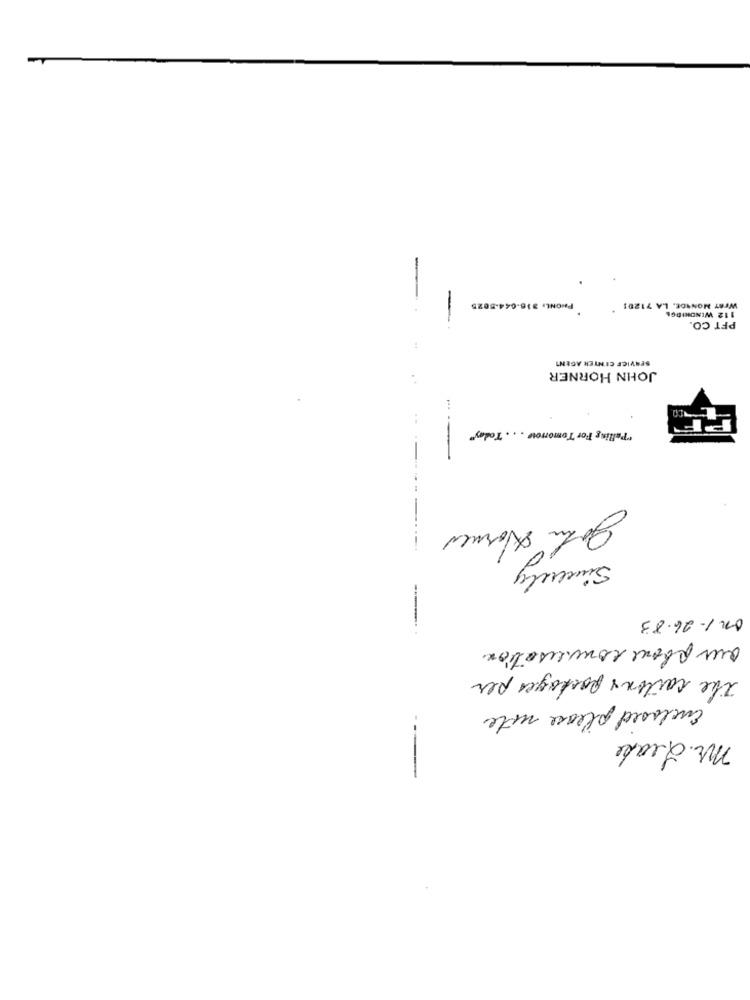
-
PHONE: 316-644-5025
WEST NONADE, LA 71201
112 WINDKIDGA
-
PFT CO.
SERVICE CENTER AGENT
JOHN HORNER
"Pulling For Tomorrow .. . Today"
---
-- ----
Sincerely
on 1-26.83
our phone conversation
The cartons packages per
Enclosed please note
Mr. Leake
-----